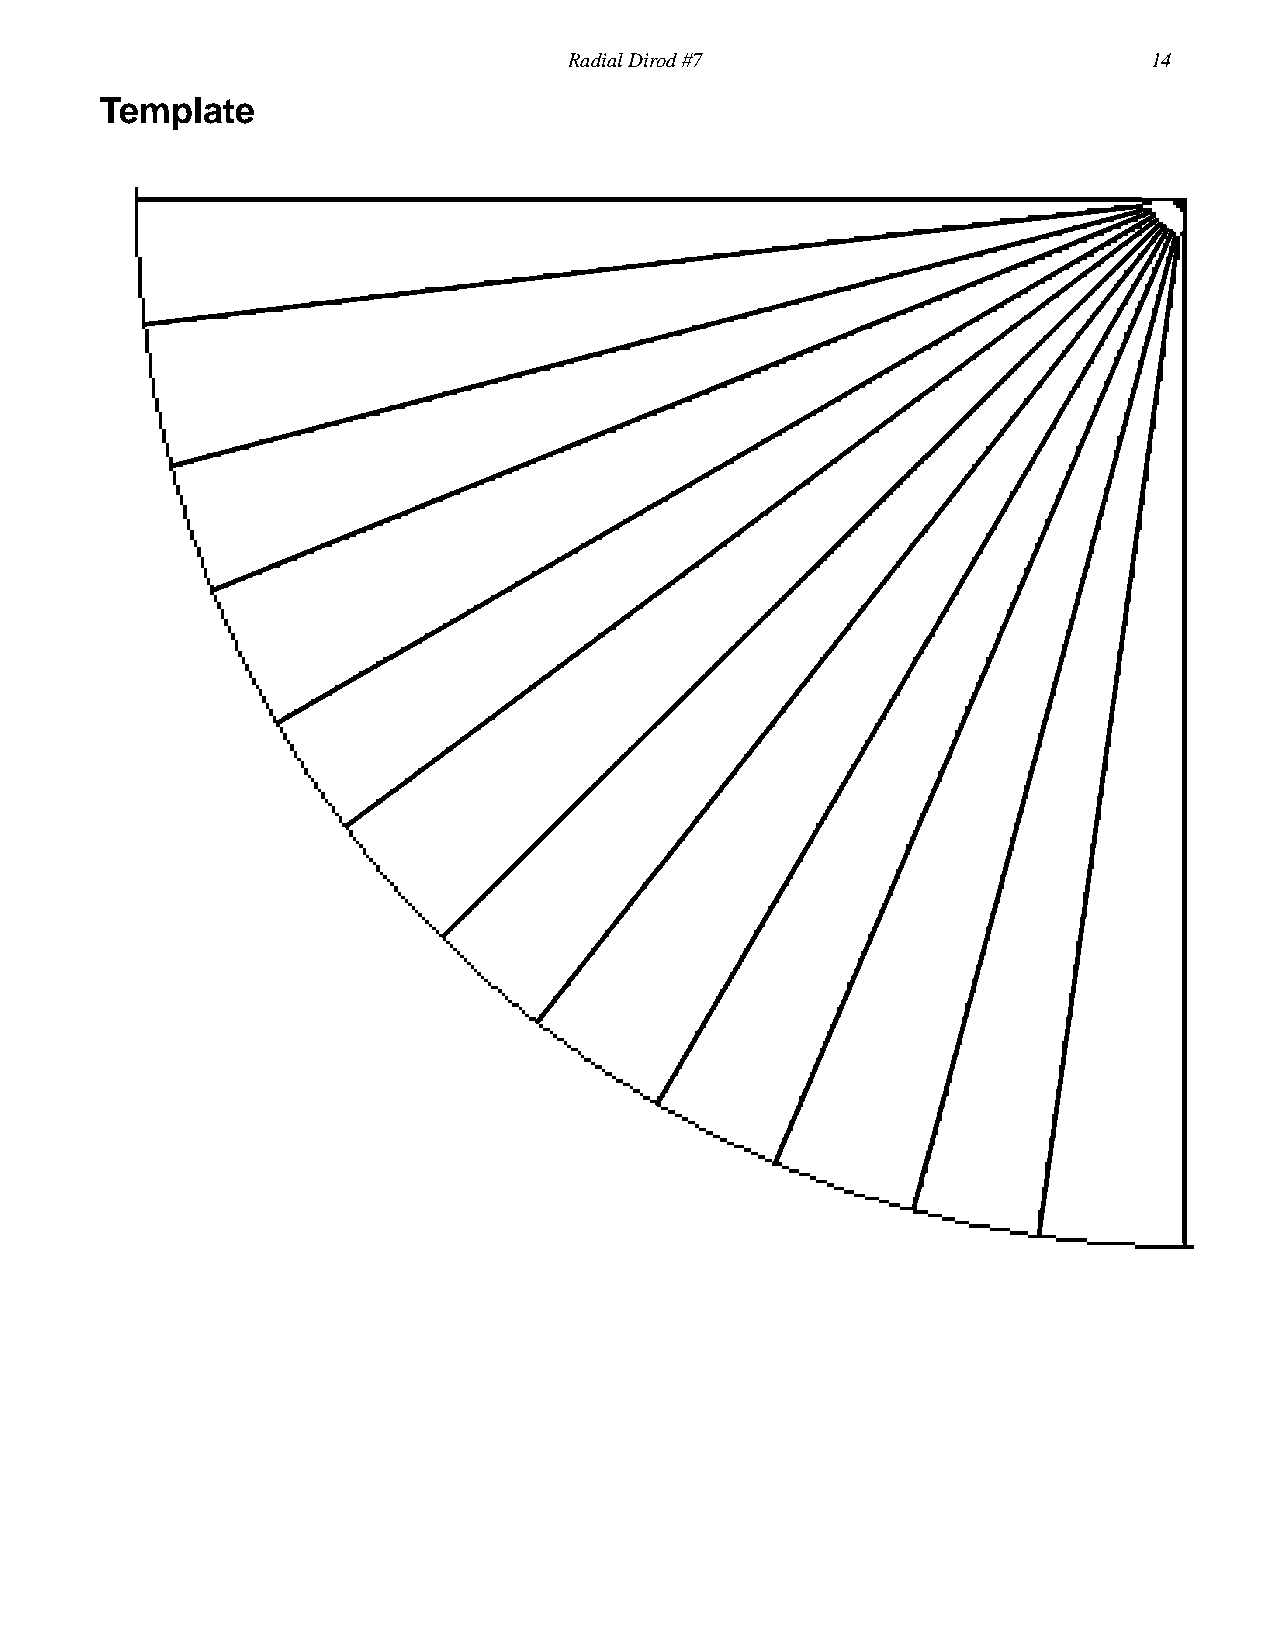
RadialDirod#7                         14
 Template